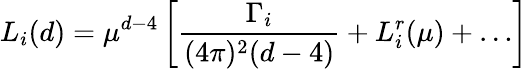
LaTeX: L_{i}(d)=\mu^{d-4}\left[\displaystyle\frac{\Gamma_{i}}{(4\pi)^{2}(d-4)}+L_{i}^{r}(\mu)+\dots\right]